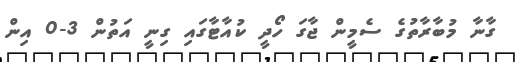
ގާނާ މުބާރާތުގެ ސެމީން ޖާގަ ހޯދީ ކުއާޓާގައި ގިނީ އަތުން 3-0 އިން